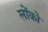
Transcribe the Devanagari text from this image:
लोंको